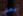
يمنى